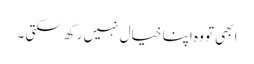
ابھی تو وہ اپنا خیال نہیں رکھ سکتی ۔